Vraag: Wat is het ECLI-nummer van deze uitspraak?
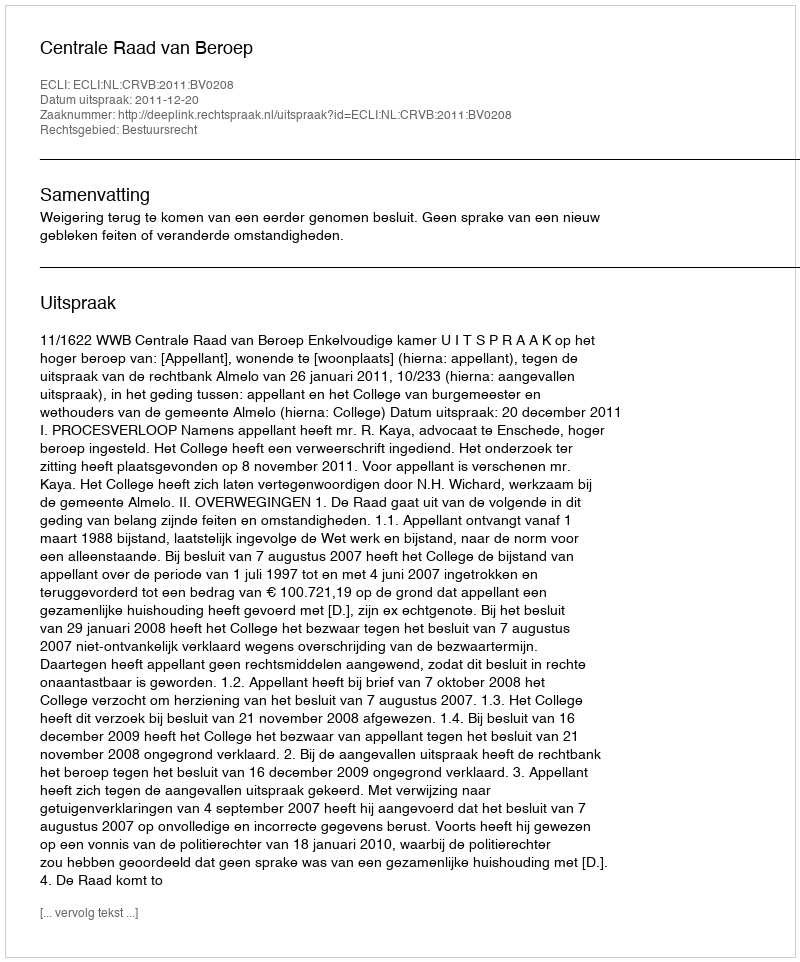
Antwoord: ECLI:NL:CRVB:2011:BV0208